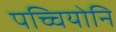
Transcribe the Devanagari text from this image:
पच्चियोनि